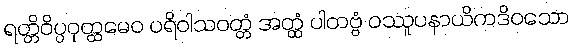
ရတ္တိဝိပ္ပဝုတ္ထမေဝ ပရိဝါသဝတ္တံ အတ္ထံ ပါတဗ္ဗံ ဝဿူပနာယိကဒိဝသော